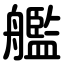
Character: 艦